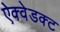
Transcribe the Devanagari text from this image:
ऐक्वेडक्ट